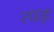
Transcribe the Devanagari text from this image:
त्यह